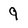
Character: 9